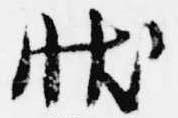
状